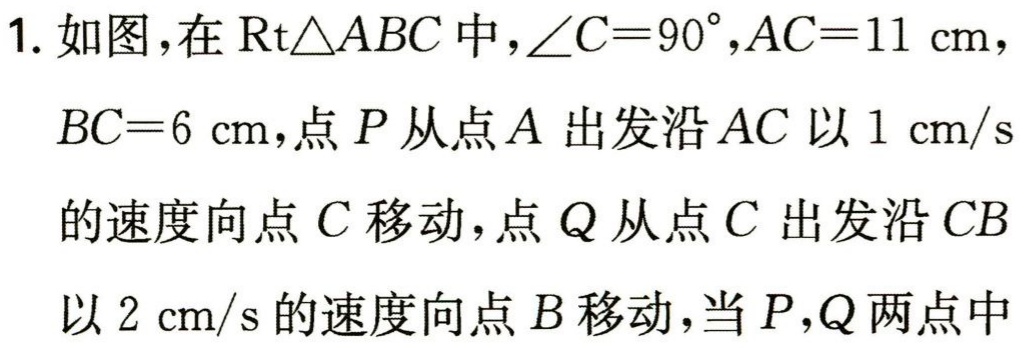
1. 如图，在$\text{Rt}\triangle ABC$中，$\angle C = 90^{\circ},AC = 11\mathrm{cm}$，
$BC = 6\mathrm{cm}$，点$P$从点$A$出发沿$AC$以$1\mathrm{cm/s}$
的速度向点$C$移动，点$Q$从点$C$出发沿$CB$
以$2\mathrm{cm/s}$的速度向点$B$移动，当$P,Q$两点中